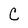
Character: C